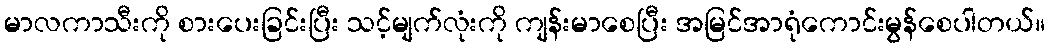
မာလကာသီးကို စားပေးခြင်းပြီး သင့်မျက်လုံးကို ကျန်းမာစေပြီး အမြင်အာရုံကောင်းမွန်စေပါတယ်။